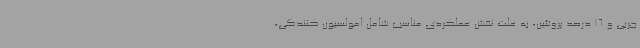
چربی و 16 درصد پروتئین، به علت نقش عملکردی مناسب شامل امولسیون کنندگی،